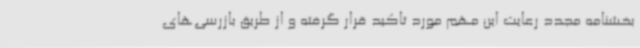
بخشنامه مجدد رعایت این مهم مورد تاکید قرار گرفته و از طریق بازرسی‌های